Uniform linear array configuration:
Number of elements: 8
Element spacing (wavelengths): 0.5
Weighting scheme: exponential
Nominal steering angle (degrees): -60
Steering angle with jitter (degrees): -60.542
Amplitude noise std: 0.05
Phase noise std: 0.05

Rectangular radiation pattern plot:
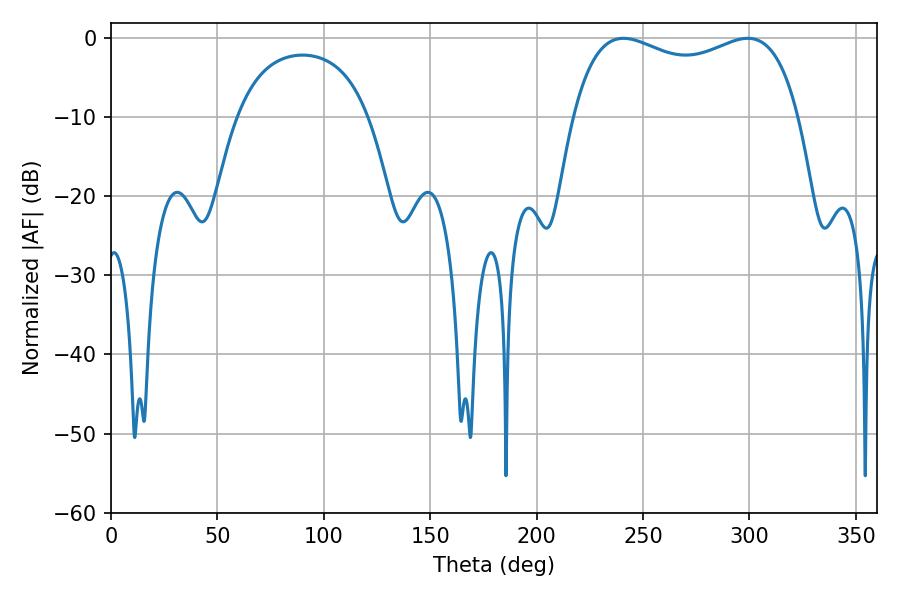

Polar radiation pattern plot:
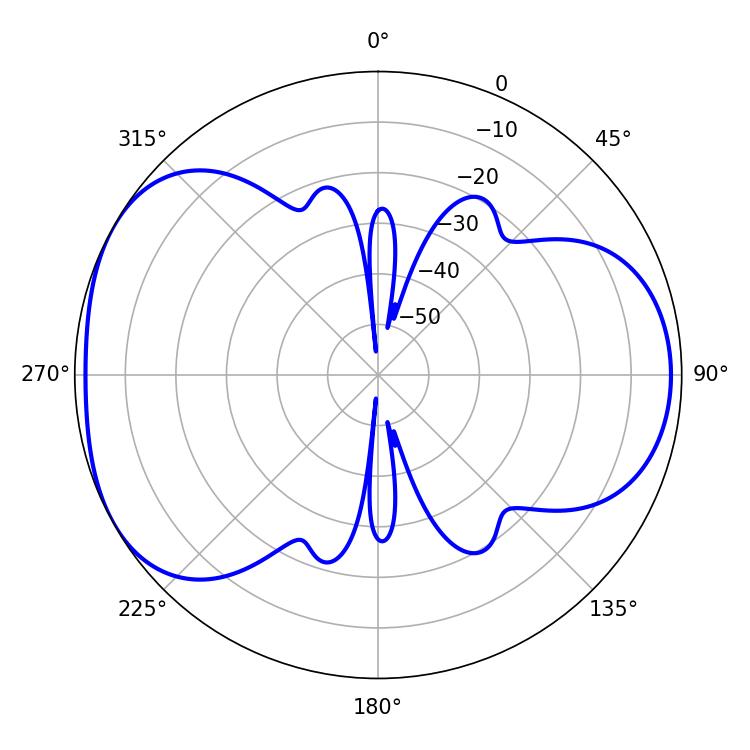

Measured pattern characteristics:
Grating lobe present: FALSE
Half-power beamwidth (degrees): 87.48
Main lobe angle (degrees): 240.84